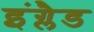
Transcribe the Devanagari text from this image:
इंग्लैड